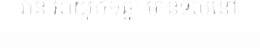
រ៉ានី អាយុ៤១ឆ្នាំ មានទីលំនៅ